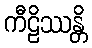
ကီဠိဿန္တိ